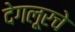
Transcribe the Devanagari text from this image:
देगलूरचे